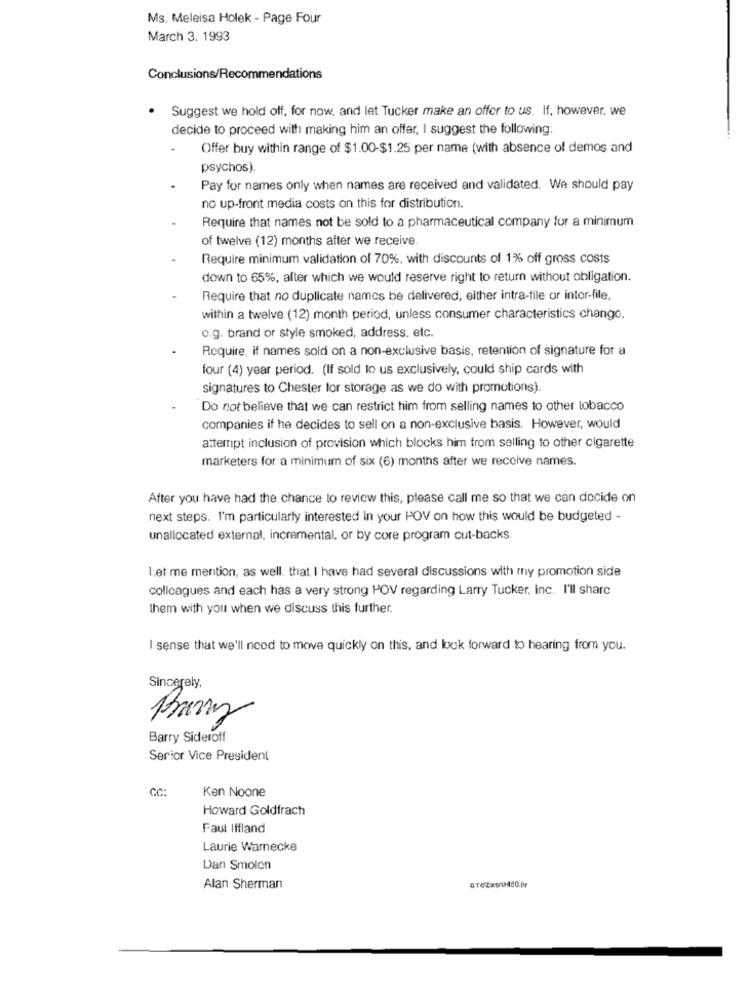
Ms. Meleisa Holek - Page Four
March 3. 1993
Conclusions/Recommendations
Suggest we hold off, for now, and let Tucker make an offer to us. If, however, we
decide to proceed with making him an offer, I suggest the following:
Offer buy within range of $1.00-$1.25 per name (with absence of demos and
psychos).
Pay for names only when names are received and validated. We should pay
no up-front media costs on this for distribution.
Require that names not be sold to a pharmaceutical company for a minimum
of twelve (12) months after we receive
Require minimum validation of 70%, with discounts of 1% off gross costs
down to 65%, after which we would reserve right to return without obligation.
Require that no duplicate names be delivered, either intra-file or inter-file,
within a twelve (12) month period, unless consumer characteristics change.
c.g. brand or style smoked, address, etc.
Require, if names sold on a non-exclusive basis, retention of signature for a
four (4) year period. (If sold to us exclusively, could ship cards with
signatures to Chester for storage as we do with promotions).
Do not believe that we can restrict him from selling names to other lobacco
companies if he decides to sell on a non-exclusive basis. However, would
attempt inclusion of provision which blocks him from selling to other cigarette
marketers for a minimum of six (6) months after we receive names.
After you have had the chance to review this, please call me so that we can decide on
next steps. I'm particularly interested in your POV on how this would be budgeted -
unallocated external, incremental, or by core program cut-backs.
Let me mention, as well. that I have had several discussions with my promotion side
colleagues and each has a very strong POV regarding Larry Tucker, inc. I'll share
them with you when we discuss this further.
I sense that we'll need to move quickly on this, and look forward to hearing from you.
Sincerely,
Bramy
Barry Sideroff
Serior Vice President
CC:
Ken Noone
Howard Goldfrach
Faut Iffland
Laurie Warnecke
Dan Smolen
Alan Sherman